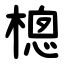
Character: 樬